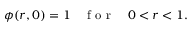
\phi ( r , 0 ) = 1 \quad \mathrm { ~ f ~ o ~ r ~ } \quad 0 < r < 1 .